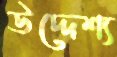
উদ্দেশ্য